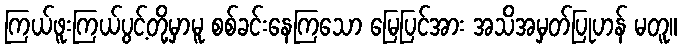
ကြယ်ဖူးကြယ်ပွင့်တို့မှာမူ စစ်ခင်းနေကြသော မြေပြင်အား အသိအမှတ်ပြုဟန် မတူ။